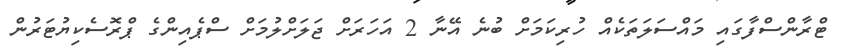
ޓްރާންސްފާގައި މައްސަލަތަކެއް ހުރިކަމަށް ބުނެ އޭނާ 2 އަހަރަށް ޖަލަށްލުމަށް ސްޕެއިންގެ ޕްރޮސެކިޔުޓަރުން